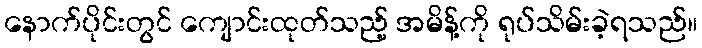
နောက်ပိုင်းတွင် ကျောင်းထုတ်သည့် အမိန့်ကို ရုပ်သိမ်းခဲ့ရသည်။